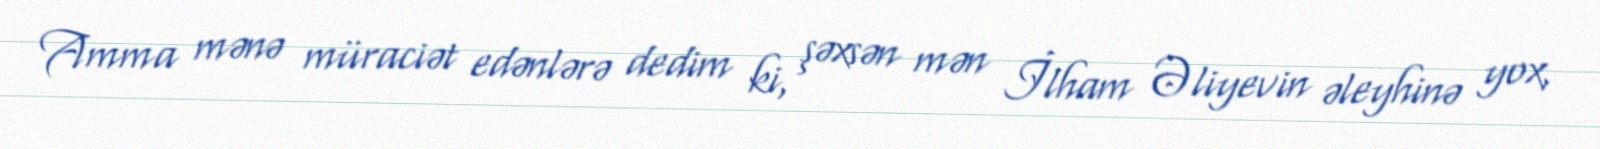
Amma mənə müraciət edənlərə dedim ki, şəxsən mən İlham Əliyevin əleyhinə yox,